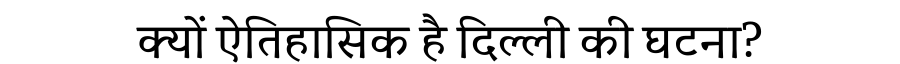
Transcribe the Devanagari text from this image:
क्यों ऐतिहासिक है दिल्ली की घटना?